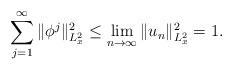
LaTeX: \begin{align*}\sum_{j=1}^{\infty}\|\phi^j\|_{L_x^2}^2\leq \lim_{n\to\infty}\|u_n\|^2_{L_x^2}=1.\end{align*}